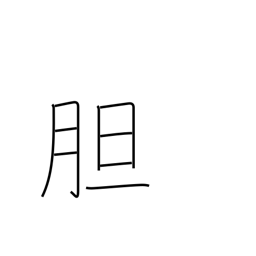
Meaning: courage